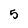
Character: 5